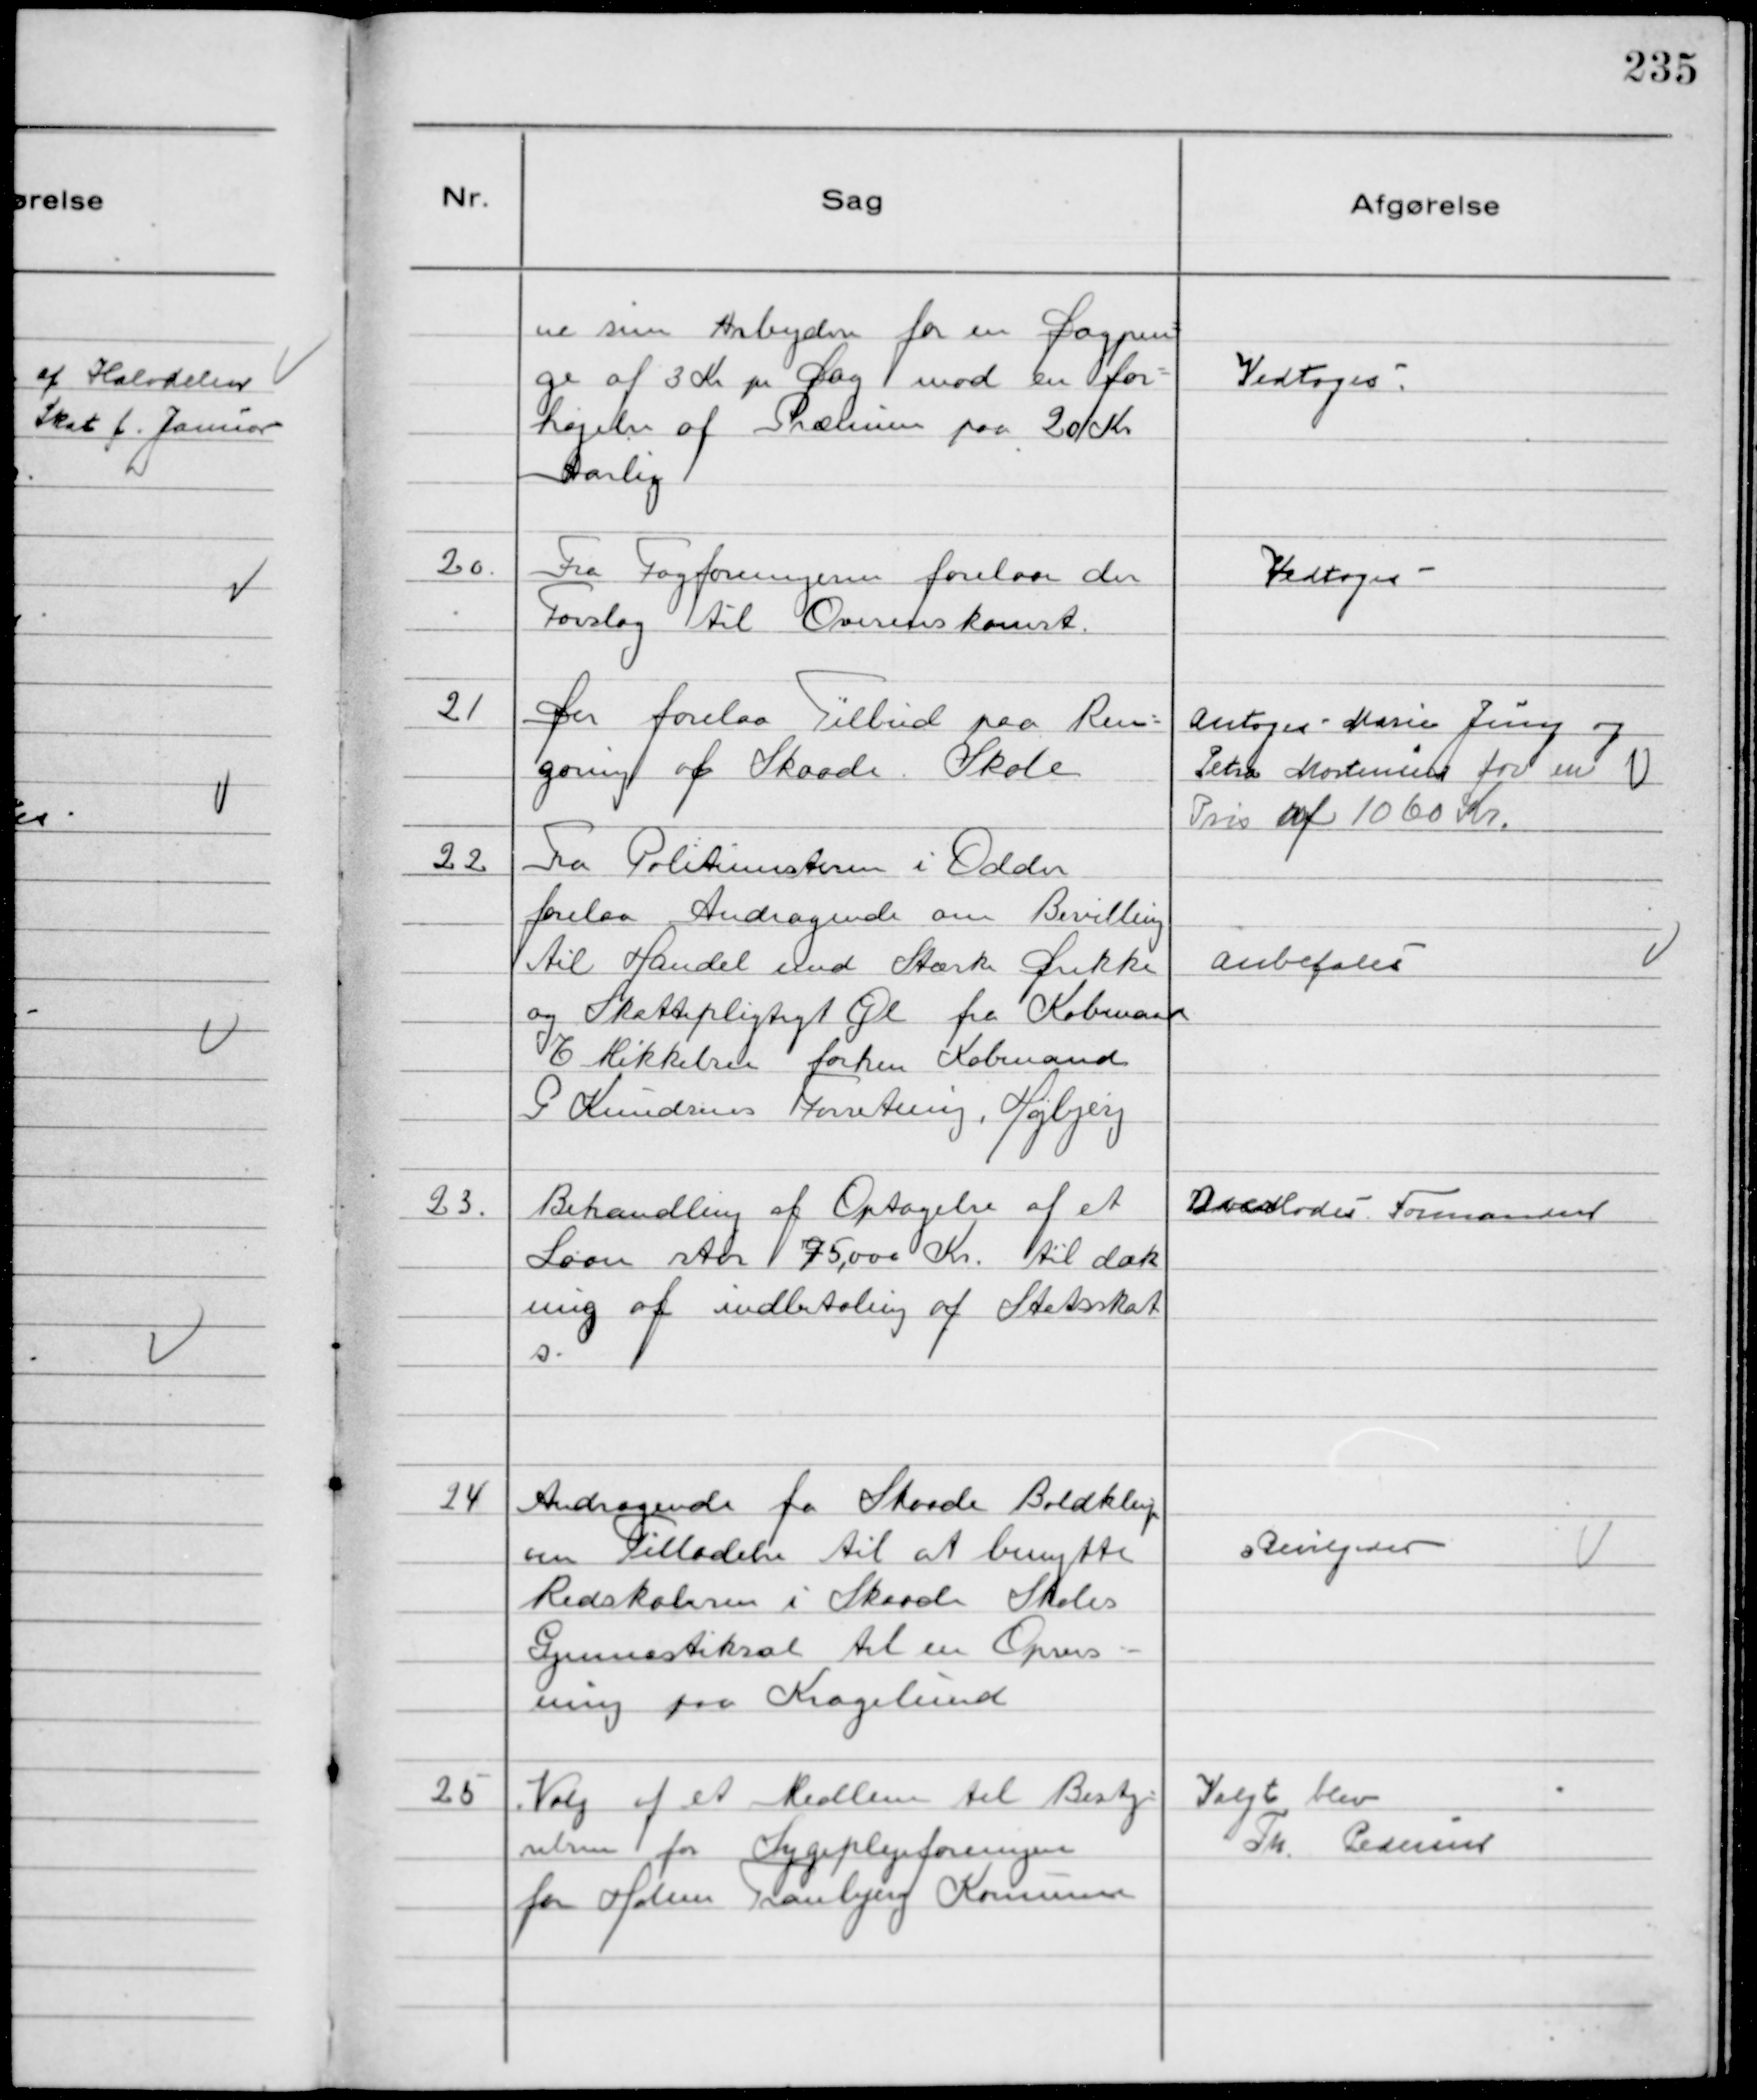
Transskription:
ne sine Arbejdere for en Dagpen-
ge af 3 Kr pr Dag mod en for-
højelse af Præmien paa 20 Kr
Aarlig

Vedtoges

20.
Fra Fagforeningerne forelaa der
Forslag til Overenskomst.

Vedtoges

21
Der forelaa Tilbud paa Ren-
gøring af Skaade Skole

Antoges - Marie Jung og
Petra Mortensen for en
Pris af 1060 Kr.

22.
Fra Politimesteren i Odder
forelaa Andragende om Bevilling
til Handel med Stærke Drikke
og Skattepligtigt Øl fra Købmand
E Mikkelsen forhen Købmand
G Knudsens Forretning, Højbjerg

Anbefales

23.
Behandling af Optagelse af et
Laan stor 75,000 Kr. til dæk
ning af indbetaling af Statsskat
s.

Overlodes Formanden

24
Andragende fra Skaade Boldklup
om Tilladelse til at benytte
Redskaberne i Skaade Skoles
Gymnastiksal til en Opvis-
ning paa Kragelund

Bevilgedes

25
Valg af et Medlem til Besty-
relsen for Sygeplejeforeningen
for Holme Tranbjerg Kommune

Valgt blev
Th. Pedersen